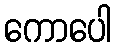
ကောပေါ